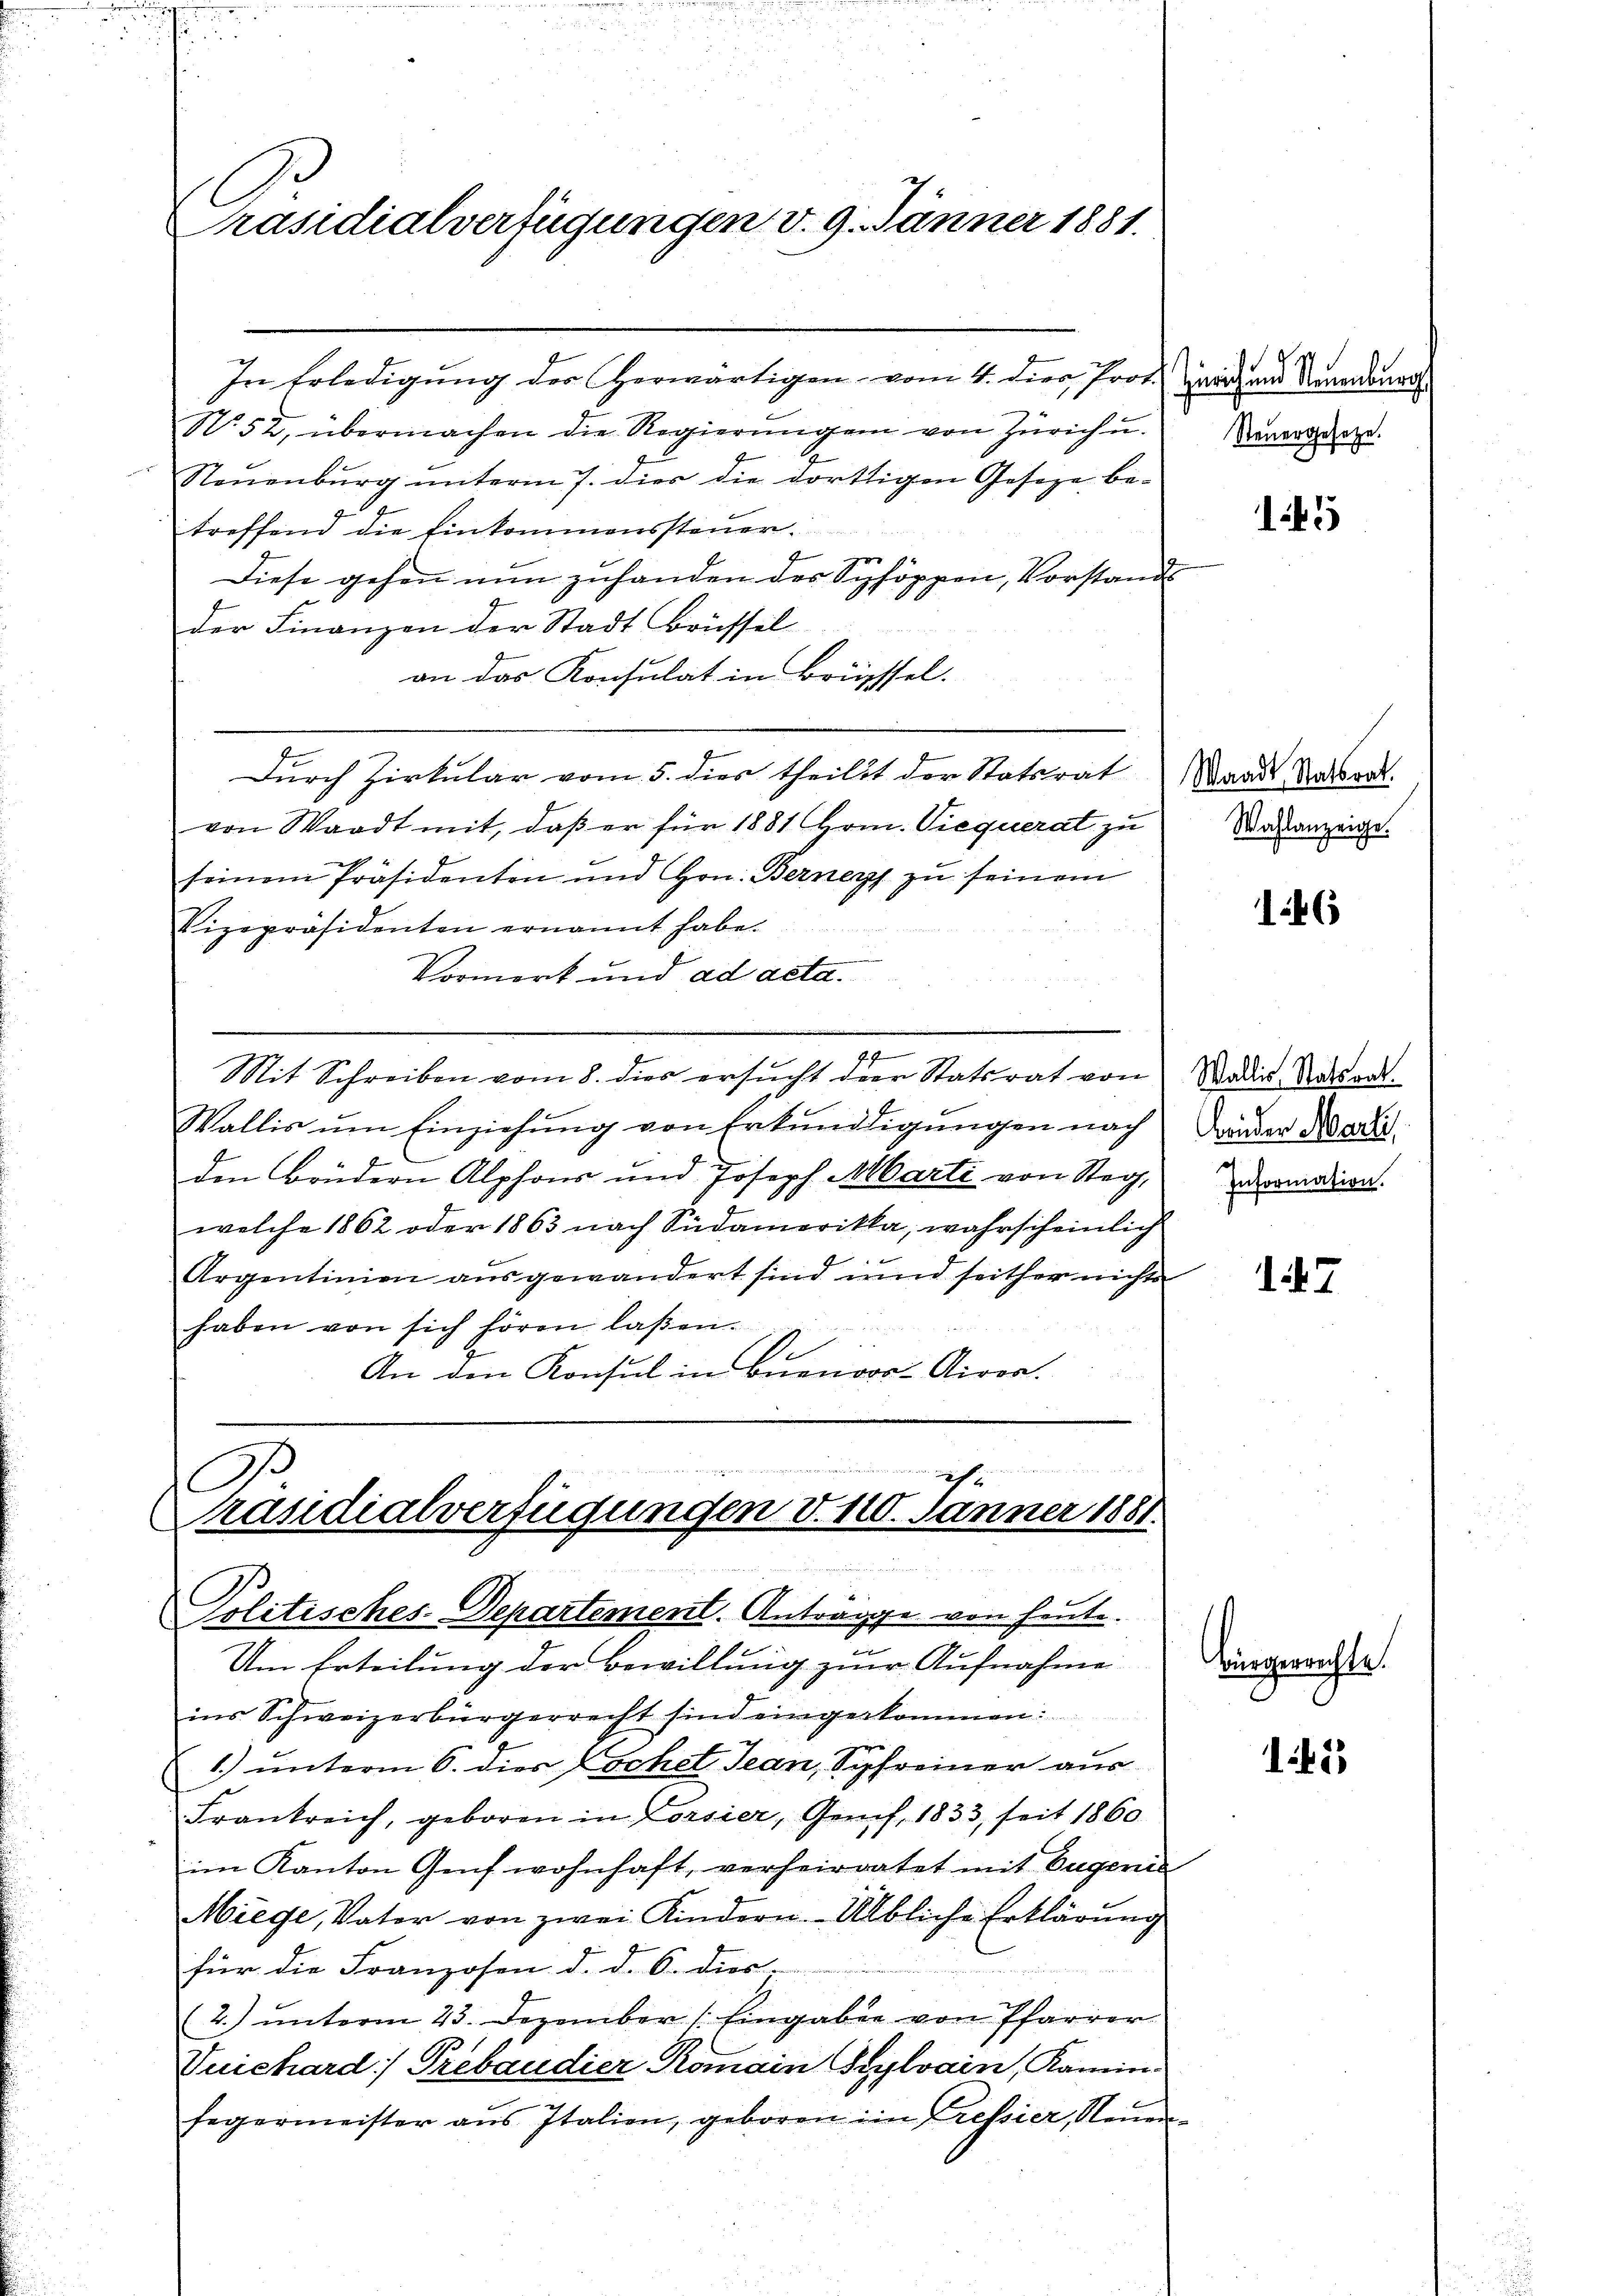
Präsidialverfügungen v. 9. Jänner 1881.

In Erledigung der herwärtigen vom 4. dies, Prot. Zwar und Neuerdinars
N. 52, übermachen die Regierŭngen von Zürich u.
Neuenburg unterm 7. dies die dortigen Gesetze betreffend die Einkommenssteuer-
Diese gehen nun zuhanden des Schöppen, Vorstands
der Finanzen der Stadt Brüssel
an das Konsulat in Brüssel.
Durch Zirkular vom 5. dies theilit der Statsrat Waadt Ratsrat
von Waadt mit, daß er für 1881 Hom. Viequerat zu
seinem Präsidenten und Hrn. Berner zu seinem
Vizepräsidenten ernannt habe.
Vormerk und ad acta.
Mit Schreiben vom 8. dies ersucht der Statsrat von
Wallis ŭm Einziehŭng von Erkŭnddigŭngen nach
den Brüdern Alphons und Joseph Marti von Steg,
welche 1862 oder 1863 nach Südamerika, wahrscheinlich
Argentinien ausgewandert sind und seither nichts
haben von sich hören laßen.
 28
An den Konsul in Buenoor-Airor.

Br 264
ich
C
Präsidialverfügungen d. 110. Jänner 1881.
x
Politisches-Departement. Antrage von heute.

f
Um Erteilung der Bewillung zur Aufnahme
ins Schweizerbürgerrecht sind eingerkommen:
1) unterm 6. dies Wochel Jean, Syfreiner aus
Frankreich, geboren in Vorsier, Genf, 1833, seit 1860
im Kanton Genf wohnhaft, verheiratet mit Eugen
Miege, Vater von zwei Kindern. Albliche Erklärung
für die Franzosen d. d. S. dies-
2. ŭnterm 23. Dezember Eingaben von Pfarrer
Vuichard Trebaudier Romain Sylvain, Kamin:
fegermeister aŭs Italien, geboren im Tressier, Neuen-

Steuergesetze.

4

Wahlanzeige.

146

Wallis Statsrat
Bruder Marti,
Information.

47

Bürgerrechte.

145